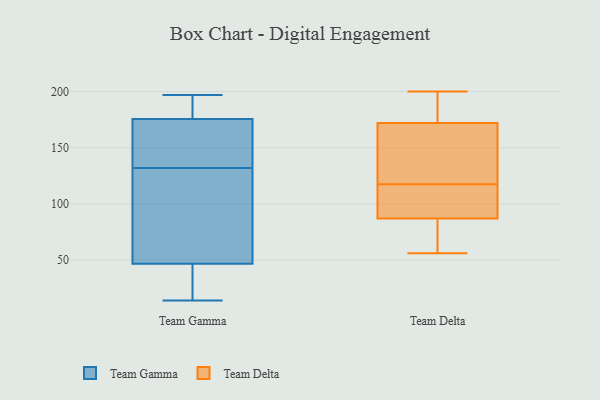
{"axis": {"x": "Inventory Turnover", "y": "Value"}, "legend": ["Team Delta", "Team Gamma"], "data": [{"x": "", "y": 175, "type": "Team Gamma"}, {"x": "", "y": 177, "type": "Team Gamma"}, {"x": "", "y": 151, "type": "Team Gamma"}, {"x": "", "y": 46, "type": "Team Gamma"}, {"x": "", "y": 179, "type": "Team Gamma"}, {"x": "", "y": 14, "type": "Team Gamma"}, {"x": "", "y": 47, "type": "Team Gamma"}, {"x": "", "y": 93, "type": "Team Gamma"}, {"x": "", "y": 132, "type": "Team Gamma"}, {"x": "", "y": 174, "type": "Team Gamma"}, {"x": "", "y": 197, "type": "Team Gamma"}, {"x": "", "y": 197, "type": "Team Gamma"}, {"x": "", "y": 39, "type": "Team Gamma"}, {"x": "", "y": 111, "type": "Team Gamma"}, {"x": "", "y": 145, "type": "Team Gamma"}, {"x": "", "y": 121, "type": "Team Gamma"}, {"x": "", "y": 42, "type": "Team Gamma"}, {"x": "", "y": 87, "type": "Team Delta"}, {"x": "", "y": 200, "type": "Team Delta"}, {"x": "", "y": 130, "type": "Team Delta"}, {"x": "", "y": 66, "type": "Team Delta"}, {"x": "", "y": 56, "type": "Team Delta"}, {"x": "", "y": 105, "type": "Team Delta"}, {"x": "", "y": 132, "type": "Team Delta"}, {"x": "", "y": 95, "type": "Team Delta"}, {"x": "", "y": 172, "type": "Team Delta"}, {"x": "", "y": 195, "type": "Team Delta"}]}